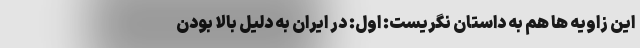
این زاویه ها هم به داستان نگریست: اول: در ایران به دلیل بالا بودن